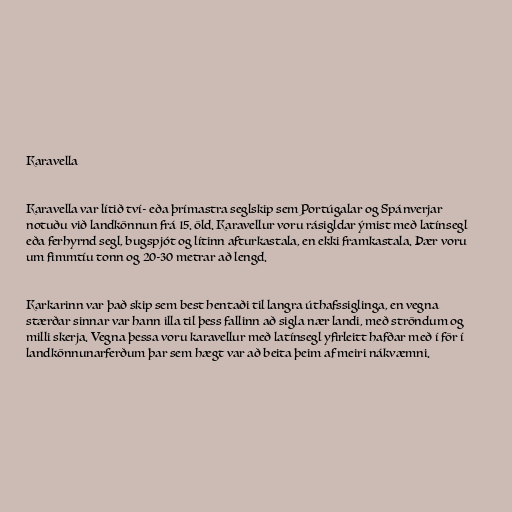
Karavella

Karavella var lítið tví- eða þrímastra seglskip sem Portúgalar og Spánverjar
notuðu við landkönnun frá 15. öld. Karavellur voru rásigldar ýmist með latínsegl
eða ferhyrnd segl, bugspjót og lítinn afturkastala, en ekki framkastala. Þær voru
um fimmtíu tonn og 20-30 metrar að lengd.

Karkarinn var það skip sem best hentaði til langra úthafssiglinga, en vegna
stærðar sinnar var hann illa til þess fallinn að sigla nær landi, með ströndum og
milli skerja. Vegna þessa voru karavellur með latínsegl yfirleitt hafðar með í för í
landkönnunarferðum þar sem hægt var að beita þeim af meiri nákvæmni.